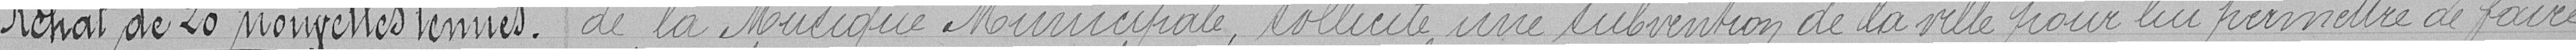
Achat de 20 nouvelles tenues. de la musique municipale, sollicite une subvention de la ville pour lui permettre de faire